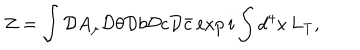
Z = \int { \cal D } A _ { \mu } { \cal D } \theta { \cal D } b { \cal D } c { \cal D } \bar { c } \exp i \int d ^ { 4 } x \, L _ { \mathrm { T } } ,